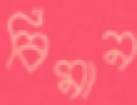
বিমান